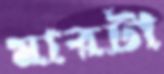
মারটা